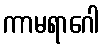
ကာမရာဂေါ